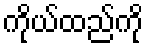
ကိုယ်ထည်ကို